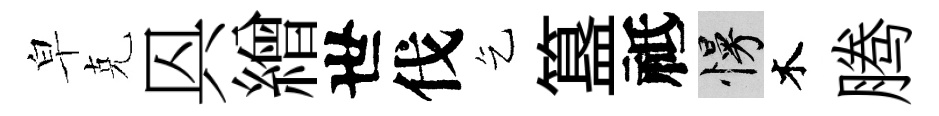
皁克㒷繒世伐乞簋祗慢木腾